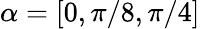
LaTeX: \alpha=[0,\pi/8,\pi/4]